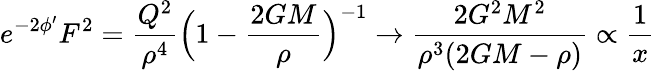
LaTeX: e^{-2\phi^{\prime}}F^{2}=\frac{Q^{2}}{\rho^{4}}\Bigl(1-\frac{2GM}{\rho}\Bigr)^{-1}\rightarrow\frac{2G^{2}M^{2}}{\rho^{3}(2GM-\rho)}\propto\frac{1}{x}